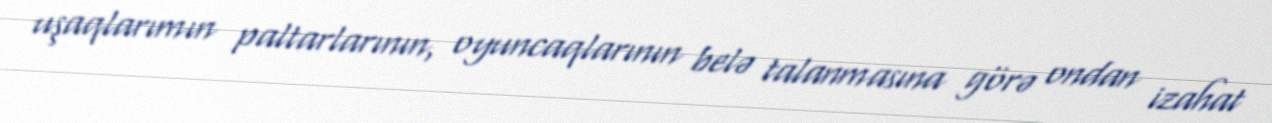
uşaqlarımın paltarlarının, oyuncaqlarının belə talanmasına görə ondan izahat